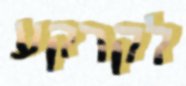
לקרקע